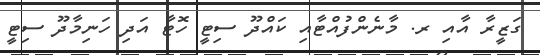
ގަޒީރާ އާއި ރ. މާނެންފުއްޓާއި ކައްދޫ ސިޓީ ހޮޓާ އަދި ހަނިމާދޫ ސިޓީ